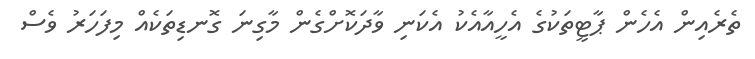
ތެރެއިން އެހެން ޕާޓީތަކުގެ އެހީއާއެކު އެކަނި ވާދަކޮށްގެން މާގިނަ ގޮނޑިތަކެއް މިފަހަރު ވެސް